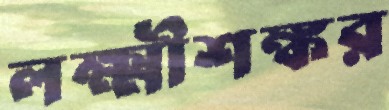
লক্ষ্মীশঙ্কর